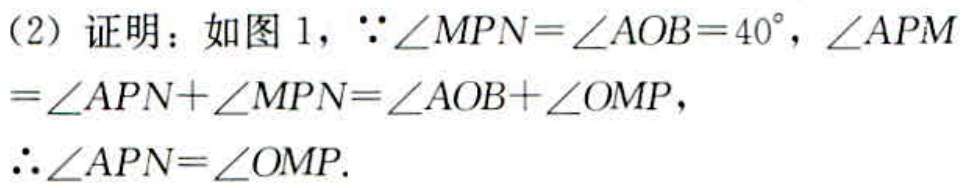
（2）证明：如图 1，\(\because\angle MPN = \angle AOB = 40^{\circ}\)，\(\angle APM=\angle APN+\angle MPN=\angle AOB+\angle OMP\)，
\(\therefore\angle APN=\angle OMP\).